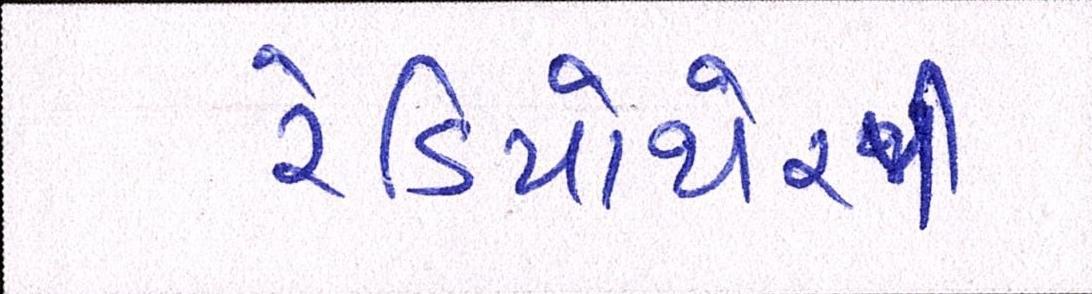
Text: રેડિયોથેરપી